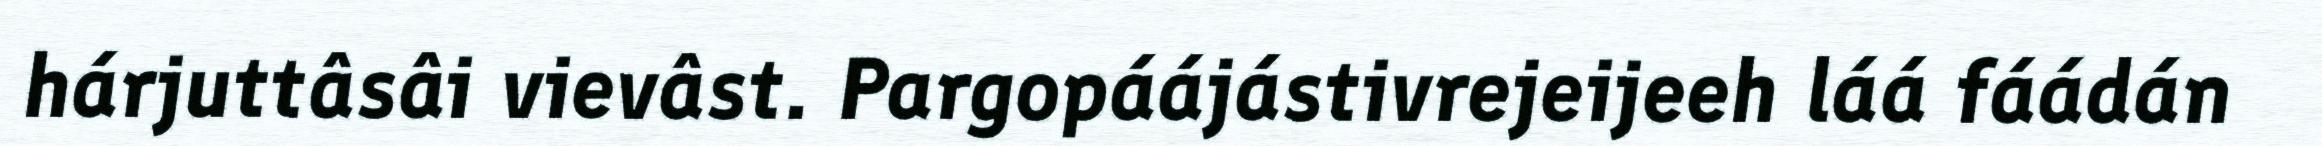
hárjuttâsâi vievâst. Pargopáájástivrejeijeeh láá fáádán